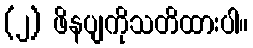
(၂) ဖိနပျကိုသတိထားပါ။